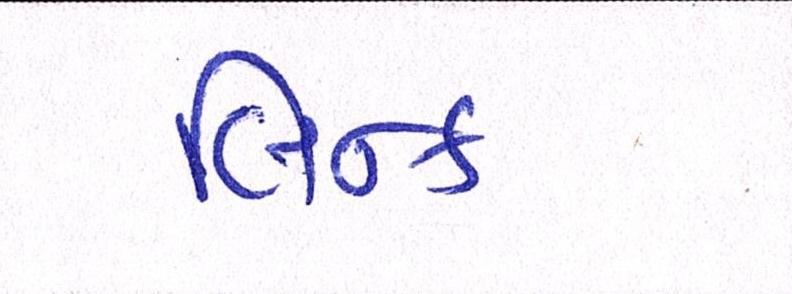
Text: લિન્ક